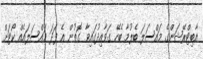
އާބިޓްރޭޝަންގެ މައްސަލަ ބެލުމާ ބެހޭ ގަވާއިދުގައިވާ ގޮތުން އެ ފަދަ މައްސަލައެއް ކޯޓަށް